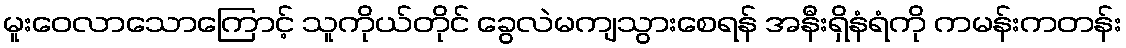
မူးဝေလာသောကြောင့် သူကိုယ်တိုင် ခွေလဲမကျသွားစေရန် အနီးရှိနံရံကို ကမန်းကတန်း